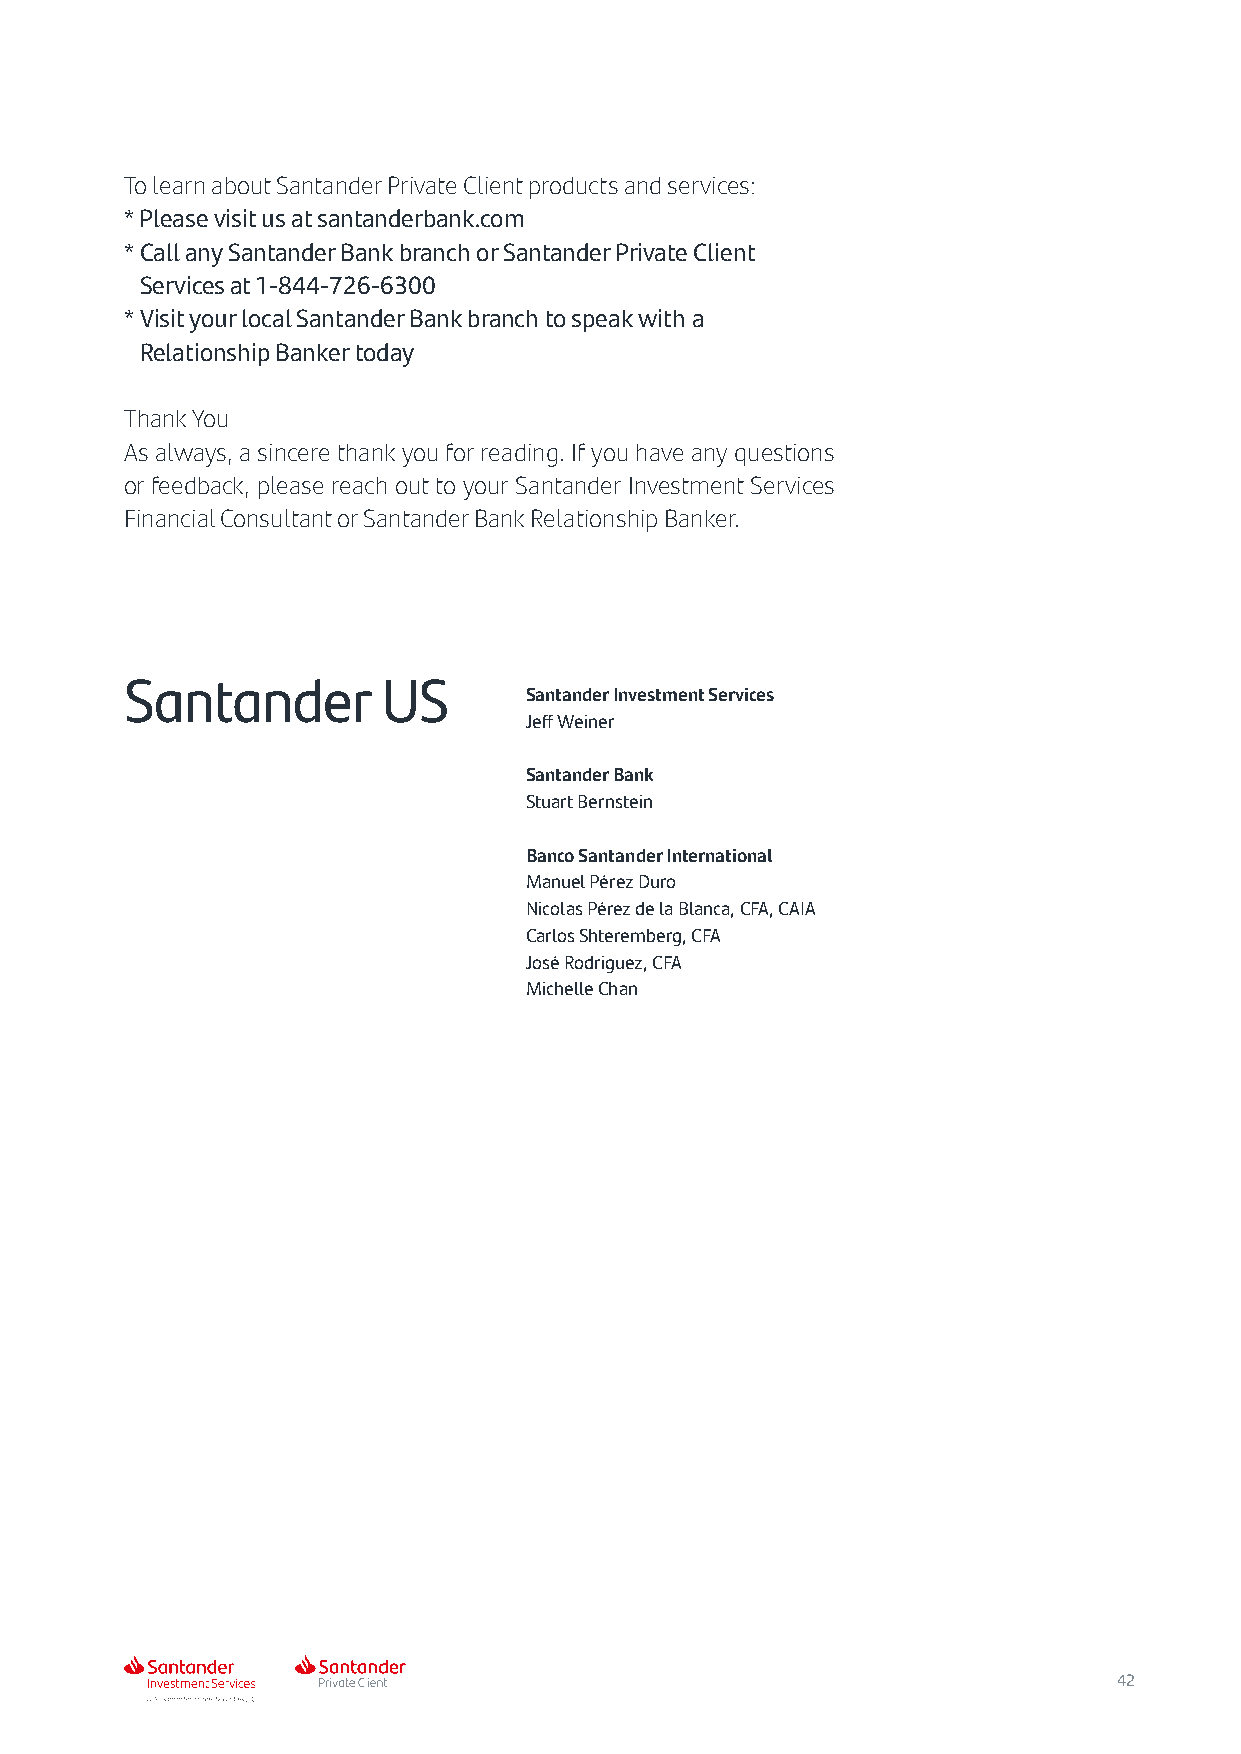
To learn about Santander Private Client products and services:
 *Please visit us at santanderbank.com
 * Call any Santander Bank branch or Santander Private Client
 Services at 1-844-726-6300
 * Visit your local Santander Bank branch to speak with a
 Relationship Banker today
 Thank You
 As always, a sincere thank you for reading. If you have any questions
 or feedback, please reach out to your Santander Investment Services
 Financial Consultant or Santander Bank Relationship Banker.
 Santander        US
 Santander Investment Services
 Jeff Weiner
 Santander Bank
 Stuart Bernstein
 Banco Santander International
 Manuel Pérez Duro
 Nicolas Pérez de la Blanca, CFA, CAIA
 Carlos Shteremberg, CFA
 José Rodriguez, CFA
 Michelle Chan
 42